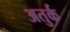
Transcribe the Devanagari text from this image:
अतुर्क